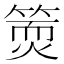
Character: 𥱇